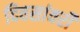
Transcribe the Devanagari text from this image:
दिवसांवरी